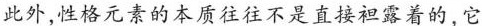
此外,性格元素的本质往往不是直接袒露着的,它